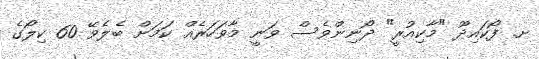
ށ. ފޯކައިދޫ "މާކިއުރީ" ދޯނިންވެސް ވަނީ މާވަހަރެއް ކަމަށް ބެލެވޭ 60 ކިލޯގެ